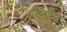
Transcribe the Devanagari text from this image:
शिपमेंटों